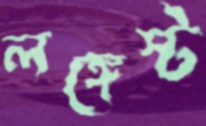
লঙ্গেস্ট